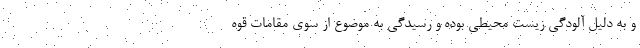
و به دلیل آلودگی زیست محیطی بوده و رسیدگی به موضوع از سوی مقامات قوه